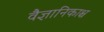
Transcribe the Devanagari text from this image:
वैज्ञानिकाश्च